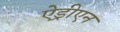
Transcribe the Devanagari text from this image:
ऐड्रीएन